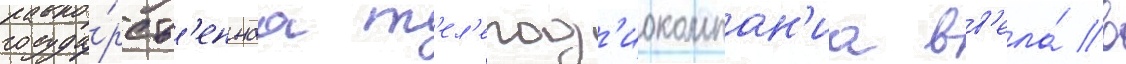
госуда́рств'еннаа т'ел'ерад'иокомпан'иа вв'ела́ в